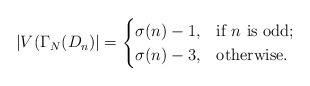
LaTeX: \begin{align*}|V(\Gamma_N(D_n)|=\begin{cases}\sigma(n)-1, & \mbox{if} ~n~ \mbox{is odd}; \\\sigma(n)-3, & \mbox{otherwise.}\end{cases}\end{align*}